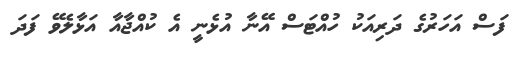
ފަސް އަހަރުގެ ދަރިއަކު ހުއްޓަސް އޭނާ އުޅެނީ އެ ކުއްޖާއާ އަޅާލެވޭ ފަދަ